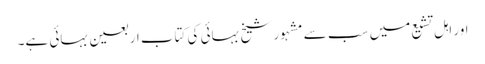
اور اہل تشیع میں سب سے مشہور شیخ بہائی کی کتاب اربعین بہائی ہے۔